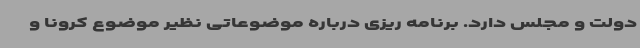
دولت و مجلس دارد. برنامه ریزی درباره موضوعاتی نظیر موضوع کرونا و